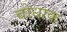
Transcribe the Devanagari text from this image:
बोधाक